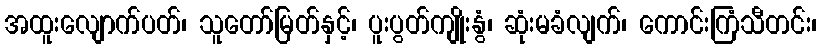
အထူးလျောက်ပတ်၊ သူတော်မြတ်နှင့်၊ ပူးပွတ်ကျိုးနွံ၊ ဆုံးမခံလျက်၊ ကောင်းကြံသီတင်း၊